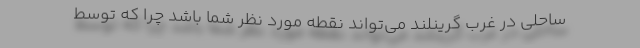
ساحلی در غرب گرینلند می‌تواند نقطه مورد نظر شما باشد چرا که توسط